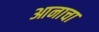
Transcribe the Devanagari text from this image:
आनाचा